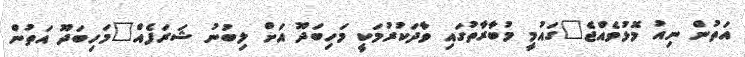
އަތުން ނިއު މޮޅުވެއްޖެ"ގައުމީ މުބާރާތުގައި ވާދަކުރުމަކީ މަހިބަދޫ އަށް ލިބުނު ޝަރަފެއް"މަހިބަދޫ އަތުން